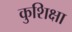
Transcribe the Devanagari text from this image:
कुशिक्षा